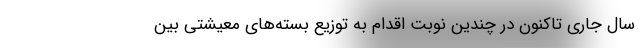
سال جاری تاکنون در چندین نوبت اقدام به توزیع بسته‌های معیشتی بین